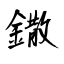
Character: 鏾